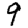
Digit: 9